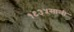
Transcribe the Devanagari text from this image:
१९३५साली